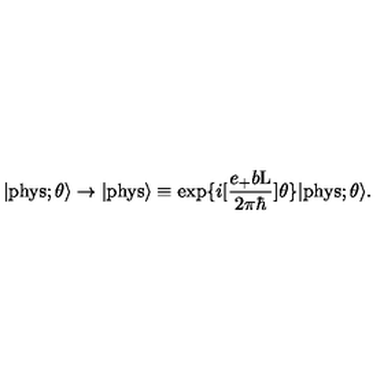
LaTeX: | \mathrm { p h y s } ; \theta \rangle \rightarrow | \mathrm { p h y s } \rangle \equiv \exp \{ i [ \frac { e _ { + } b \mathrm { L } } { 2 { \pi } { \hbar } } ] \theta \} | \mathrm { p h y s } ; \theta \rangle .